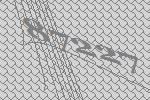
87227